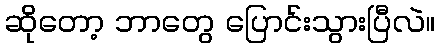
ဆိုတော့ ဘာတွေ ပြောင်းသွားပြီလဲ။